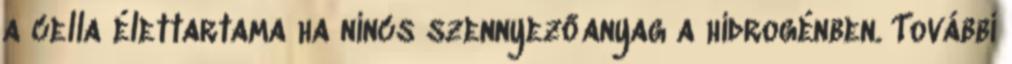
a cella élettartama ha nincs szennyezőanyag a hidrogénben. További